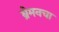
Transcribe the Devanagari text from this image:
ब्रेमनचा